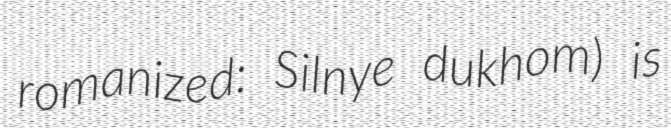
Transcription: romanized: Silnye dukhom) is